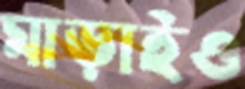
মাড়াইও